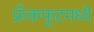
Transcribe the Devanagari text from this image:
फ्रँकफूटमध्ये